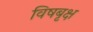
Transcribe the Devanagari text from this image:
विषबृक्ष